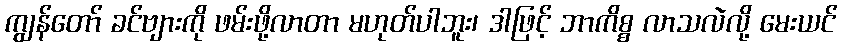
ကျွန်တော် ခင်ဗျားကို ဖမ်းဖို့လာတာ မဟုတ်ပါဘူး၊ ဒါဖြင့် ဘာကိစ္စ လာသလဲလို့ မေးယင်